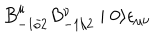
LaTeX: B _ { - 1 / 2 } ^ { \mu } B _ { - 1 / 2 } ^ { \nu } \mid 0 \rangle \epsilon _ { \mu \nu }